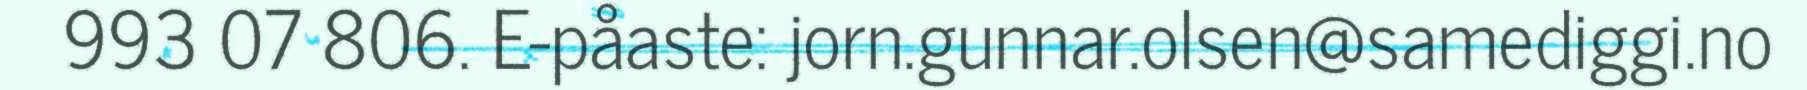
993 07 806. E-påaste: jorn.gunnar.olsen@samediggi.no